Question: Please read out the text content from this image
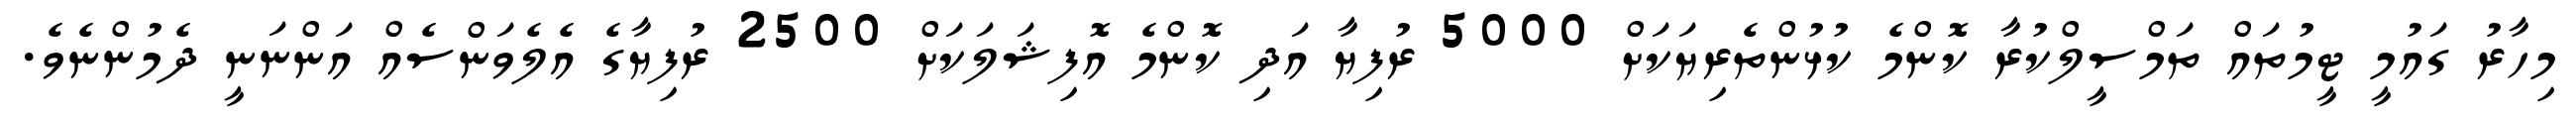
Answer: މިހާރު ގައުމީ ޓީމުތައް ތަމްސީލްކުރާ ކޮންމެ ކުޅުންތެރިޔަކަށް 5000 ރުފިޔާ އަދި ކޮންމެ އޮފިޝަލަކަށް 2500 ރުފިޔާގެ އެލެވަންސެއް އަންނަނީ ދެމުންނެވެ.